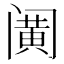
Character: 𰿹